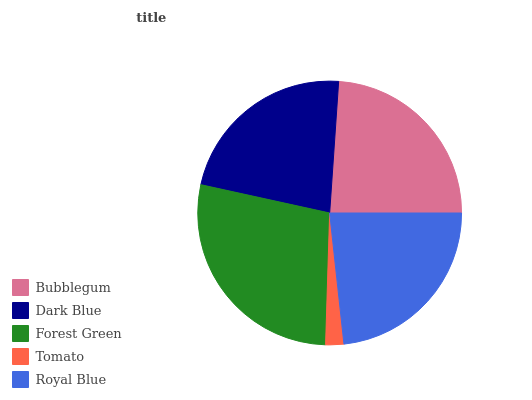
| Bubblegum | Dark Blue | Forest Green | Tomato | Royal Blue |
 | --- | --- | --- | --- | --- |
 | 23.9% | 22.6% | 28% | 2.21% | 23.3% |